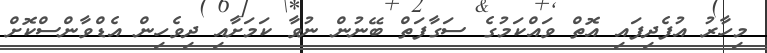
މިހާރު އުފެދިފައި އޮތް ވައްކަމުގެ ސަގާފަތް ބޭނުން ނުވާ ކަމަށާއި ދިވެހިން އެޑްވާންސްކޮށް